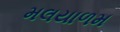
મલયાળમ